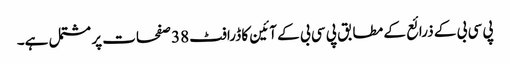
پی سی بی کے ذرائع کے مطابق پی سی بی کے آئین کا ڈرافٹ 38 صفحات پر مشتمل ہے۔